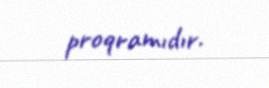
proqramıdır.